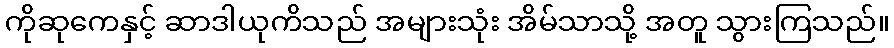
ကိုဆုကေနှင့် ဆာဒါယုကိသည် အများသုံး အိမ်သာသို့ အတူ သွားကြသည်။